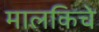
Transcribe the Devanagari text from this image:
मालकिचे